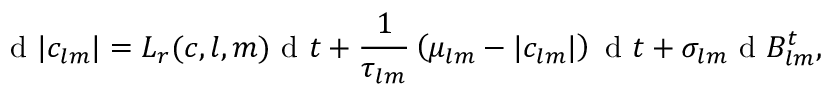
\mathrm { ~ d ~ } | c _ { l m } | = L _ { r } ( \boldsymbol c , l , m ) \mathrm { ~ d ~ } t + \frac { 1 } { \tau _ { l m } } \left( \mu _ { l m } - | c _ { l m } | \right) \mathrm { ~ d ~ } t + \sigma _ { l m } \mathrm { ~ d ~ } B _ { l m } ^ { t } ,